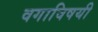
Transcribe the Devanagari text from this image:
वगाविषयी